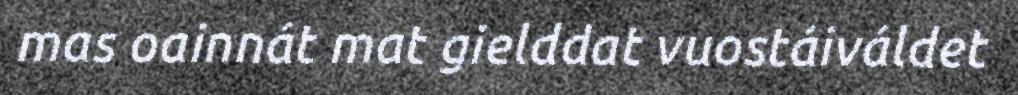
mas oainnát mat gielddat vuostáiváldet